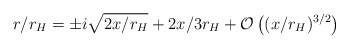
\begin{align*}r/r_H = \pm i \sqrt{2x/r_H} + 2x/3r_H + {\mathcal O}\left((x/r_H)^{3/2}\right)\end{align*}